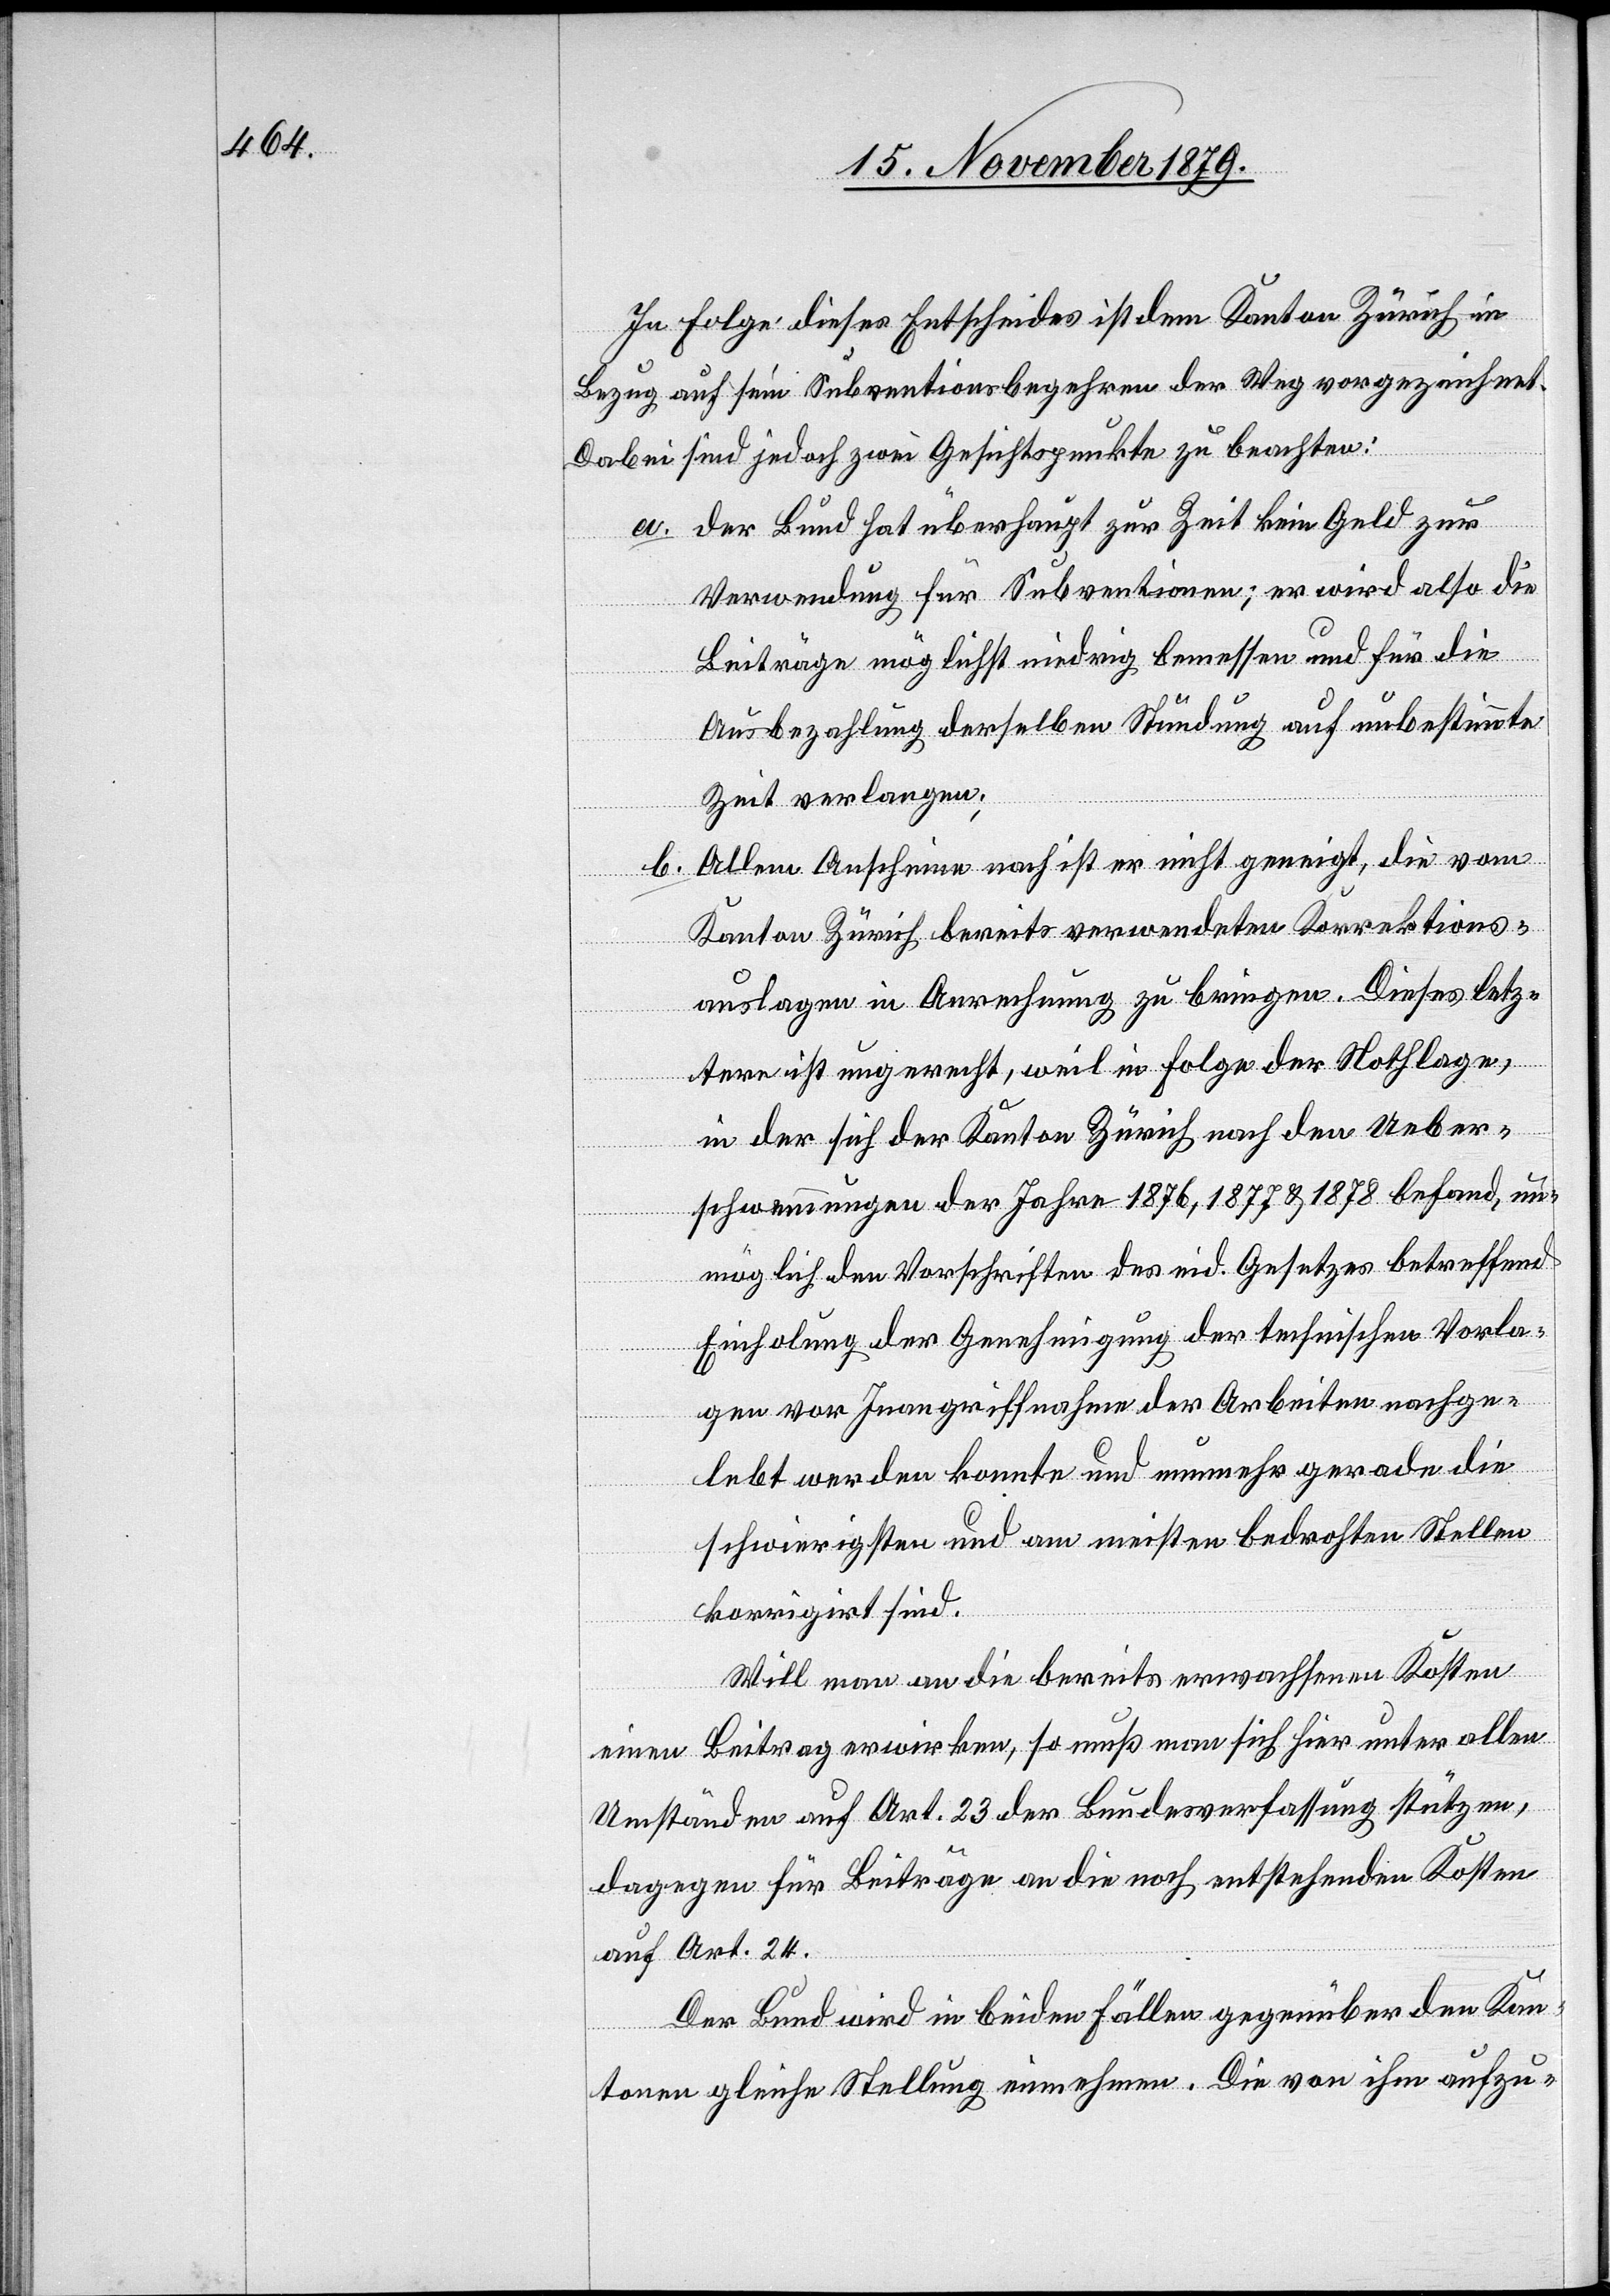
In Folge dieses Entscheides ist dem Kanton Zürich in
Bezug auf seine Subventionsbegehren der Weg vorgezeichnet.
Dabei sind jedoch zwei Gesichtspunkte zu beachten:
a.
der Bund hat überhaupt zur Zeit kein Geld zur
Verwendung für Subventionen; er wird also die
Beiträge möglichst niedrig bemessen und für die
Ausbezahlung derselben Stundung auf unbestimmte
Zeit verlangen;
Allem Anscheine nach ist er nicht geneigt, die vom
b.
Kanton Zürich bereits verwendeten Korrektions¬
auslagen in Anrechnung zu bringen. Dieses letz¬
tere ist ungerecht, weil in Folge der Nothlage
in der sich der Kanton Zürich nach den Ueber¬
schwemmungen der Jahre 1876, 1877 & 1878 befand, un¬
möglich den Vorschriften des eid. Gesetzes betreffend
Einholung der Genehmigung der technischen Vorla¬
gen vor Inangriffnahme der Arbeiten nachge¬
lebt werden konnte und nunmehr gerade die
schwierigsten und am meisten bedrohten Stellen
korrigirt sind.
Will man an die bereits vermachten Kosten
einen Beitrag erwirken, so muß man sich hier unter allen
Umständen auf Art. 23 der Bundesverfassung stützen,
dagegen für Beiträge an die noch entstehenden Kosten
auf Art. 24.
Der Bund wird in beiden Fällen gegenüber den Kan¬
tonen gleiche Stellung einnehmen. Die von ihm aufzu-